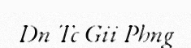
Dn Tc Gii Phng